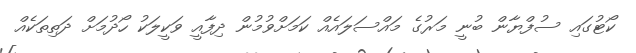
ކޯޓުގައި ސުފްޔާން ބުނީ މަރުގެ މައްސަލައެއް ކަމަށްވުމުން ދިފާއީ ވަކީލަކު ހޯދުމަށް ދަތިތަކެއް